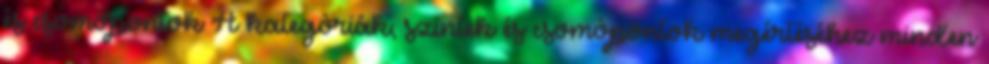
és csomópontok A kategóriák, szintek és csomópontok megértéséhez minden